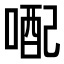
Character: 𪡭